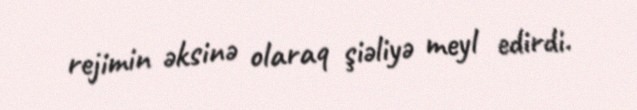
rejimin əksinə olaraq şiəliyə meyl edirdi.